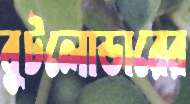
বুটলোডারের